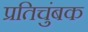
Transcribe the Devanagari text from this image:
प्रतिचुंबक